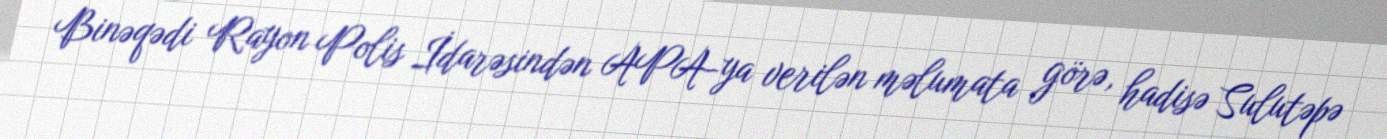
Binəqədi Rayon Polis İdarəsindən APA-ya verilən məlumata görə, hadisə Sulutəpə